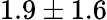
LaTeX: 1.9\pm 1.6